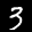
Label: 3